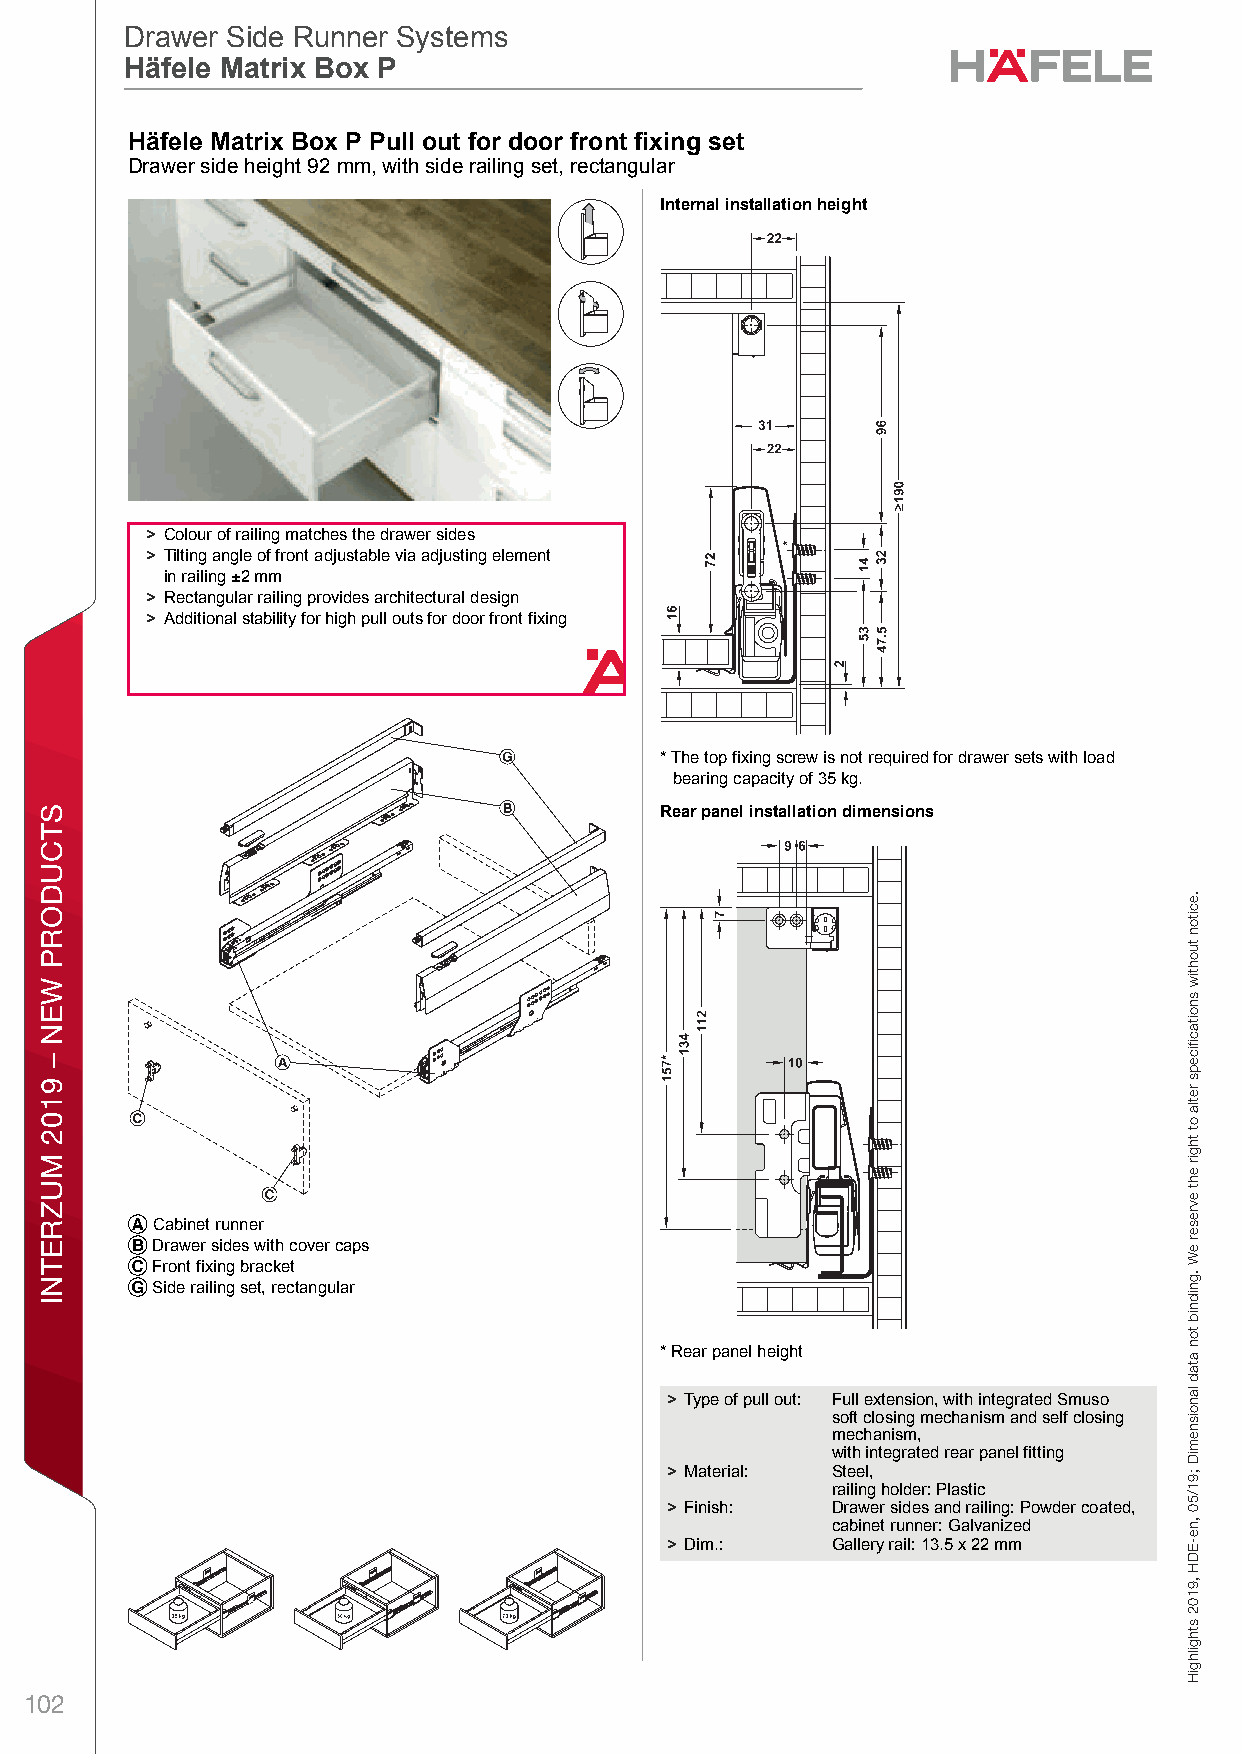
ff19_int_en_08_018.fm Page 18 Thursday, May 2, 2019 10:13 AM
 Drawer Side Runner Systems
 Drawer Side Runner Systems
 Häfele Matrix Box P
 Häfele Matrix Box P
 DHrawer anäd Pull Ofut foer Door lFronet Fixing DraMwer Side Raunner StystermsHiäfelex Matrix BoxB P – / Plaonning axnd Cons trucPtionDime nsiPonal datau not bindling.l We resoerve theu right to talter spefcificoations writhou t notdice. oor front fixing set
 Drawer side height 92 mm, with side railing set, rectangular
 Internal installation height
 > Colour of railing matches the drawer sides
 > Tilting angle of front adjustable via adjusting element
 in railing ±2 mm
 > Rectangular railing provides architectural design
 > Additional stability for high pull outs for door front fixing
 * The top fixing screw is not required for drawer sets with load
 bearing capacity of 35 kg.
 Rear panel installation dimensions
 8
 A Cabinet runner
 B Drawer sides with cover caps
 C Front fixing bracket
 G Side railing set, rectangular
 * Rear panel height
 > Type of pull out: Full extension, with integrated Smuso
 soft closing mechanism and self closing
 mechanism,
 with integrated rear panel fitting
 > Material: Steel,
 railing holder: Plastic
 > Finish:  Drawer sides and railing: Powder coated,
 cabinet runner: Galvanized
 > Dim.:    Gallery rail: 13.5 x 22 mm
 102
 STCUDORP
 WEN
 –
 9102
 MUZRETNI
 gnixiF
 tnorF
 rooD
 rof
 tuO
 lluP
 dna
 rewarD
 .eciton
 tuohtiw
 snoitacfiiceps
 retla
 ot
 thgir
 eht
 evreser
 eW
 .gnidnib
 ton
 atad
 lanoisnemiD
 ;91/50
 ,ne-EDH
 ,9102
 sthgilhgiH